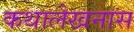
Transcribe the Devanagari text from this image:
कथालेखनास